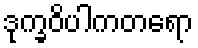
ဒုက္ခဝိပါကတရော